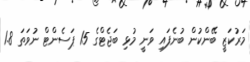
މަރުކަޒީ ބޭންކުން ބުނެފައި ވަނީ މުޅި ބަޖެޓްގެ 15 ޕަސެންޓް ނުވަތަ 1.8